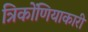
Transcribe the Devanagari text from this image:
त्रिकोंणियाकारी